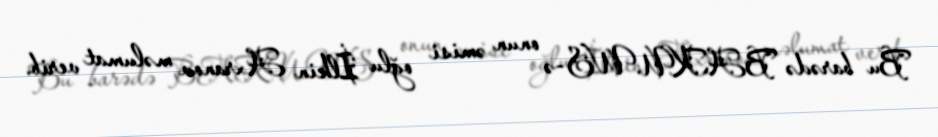
Bu barədə BAKU.WS-ə onun əmisi oğlu İlkin Axranov məlumat verib.